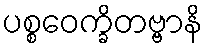
ပစ္စဝေက္ခိတဗ္ဗာနိ